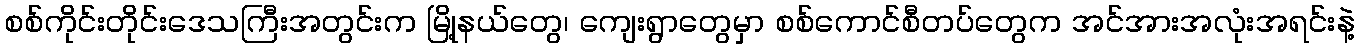
စစ်ကိုင်းတိုင်းဒေသကြီးအတွင်းက မြို့နယ်တွေ၊ ကျေးရွာတွေမှာ စစ်ကောင်စီတပ်တွေက အင်အားအလုံးအရင်းနဲ့